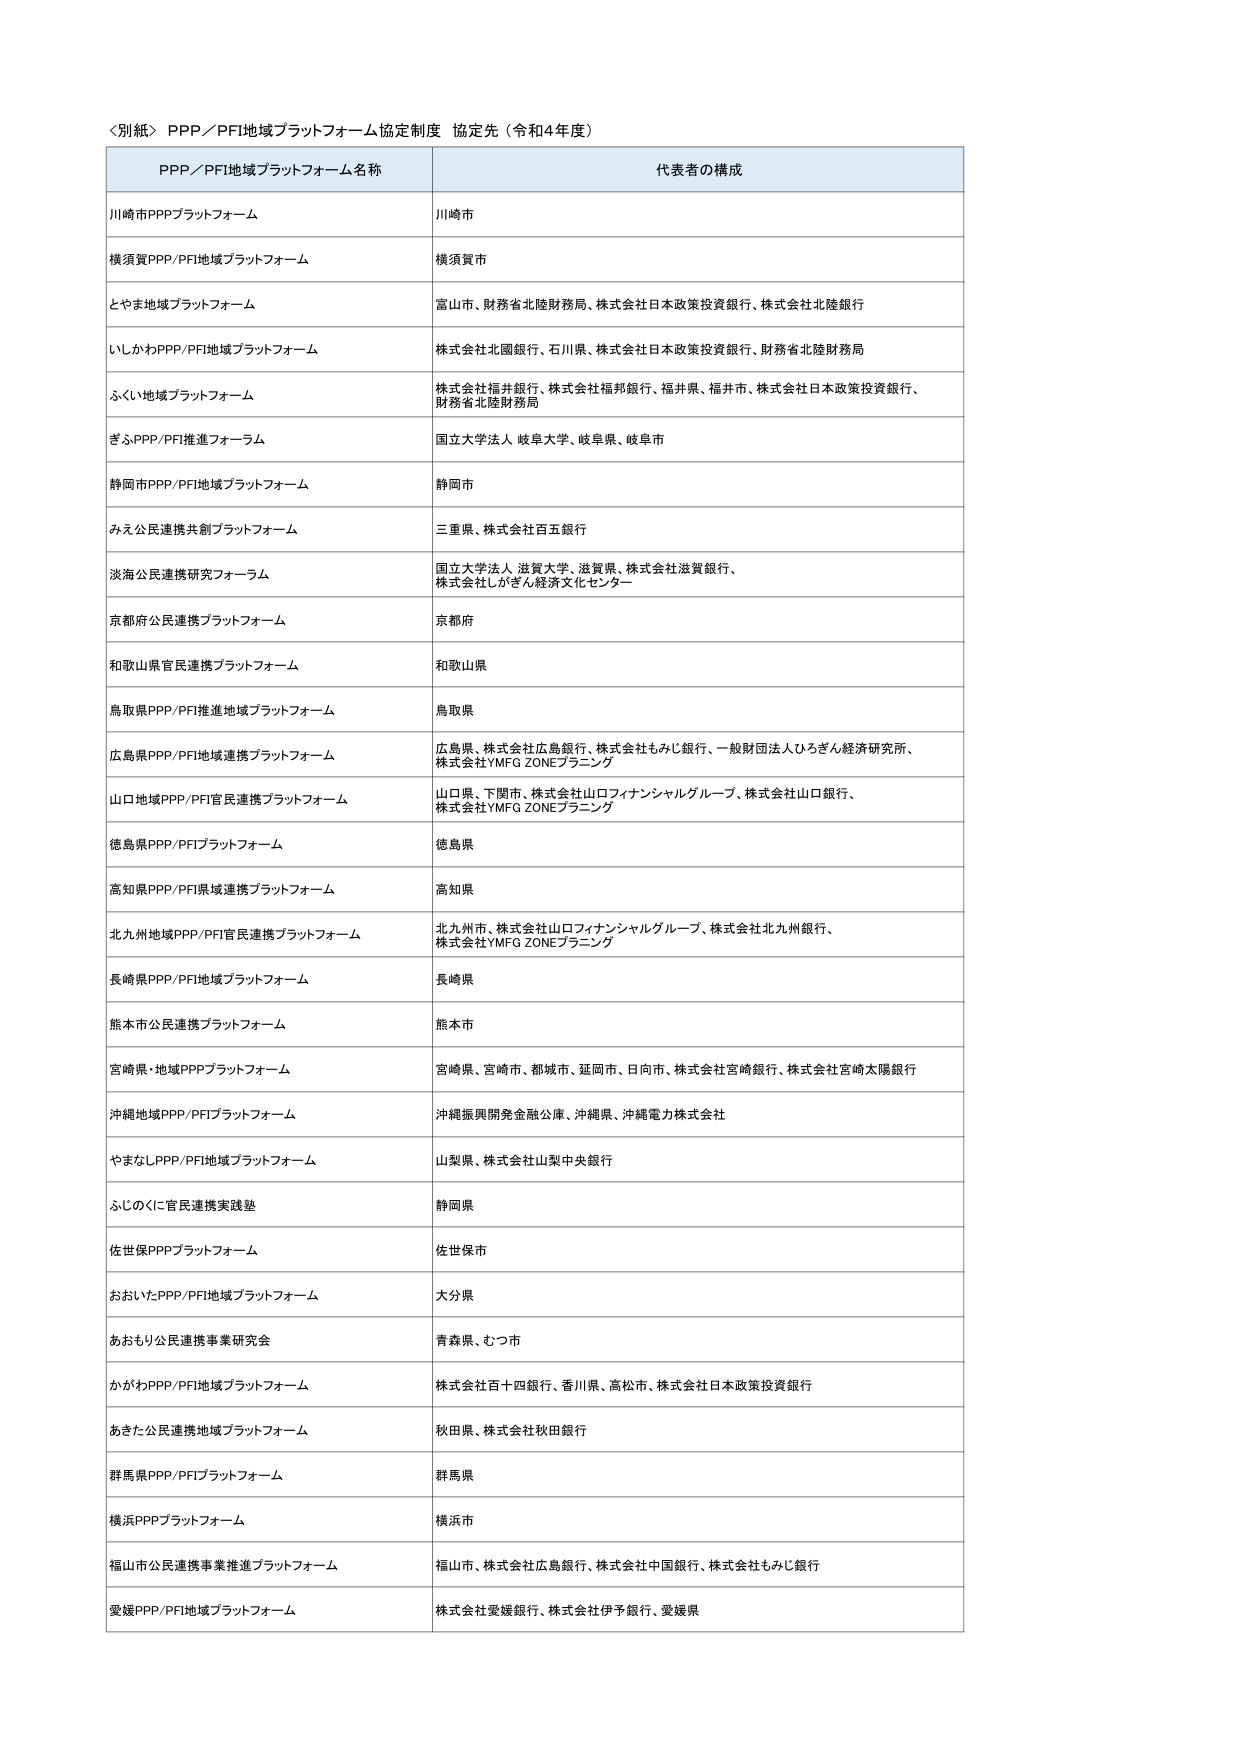
〈別紙〉PPP／PFI地域プラットフォーム協定制度 協定先（令和4年度）

PPP／PFI地域プラットフォーム名称 代表者の構成

川崎市PPPプラットフォーム 川崎市

横須賀PPP／PFI地域プラットフォーム 横須賀市

とやま地域プラットフォーム 富山市、財務省北陸財務局、株式会社日本政策投資銀行、株式会社北陸銀行

いしかわPPP／PFI地域プラットフォーム 株式会社北國銀行、石川県、株式会社日本政策投資銀行、財務省北陸財務局

ふくい地域プラットフォーム 株式会社福井銀行、株式会社福邦銀行、福井県、福井市、株式会社日本政策投資銀行、財務省北陸財務局

ぎふPPP／PFI推進フォーラム 国立大学法人 岐阜大学、岐阜県、岐阜市

静岡市PPP／PFI地域プラットフォーム 静岡市

みえ公民連携共創プラットフォーム 三重県、株式会社百五銀行

淡海公民連携研究フォーラム 国立大学法人 滋賀大学、滋賀県、株式会社滋賀銀行、株式会社しがぎん経済文化センター

京都府公民連携プラットフォーム 京都府

和歌山県官民連携プラットフォーム 和歌山県

鳥取県PPP／PFI推進地域プラットフォーム 鳥取県

広島県PPP／PFI地域連携プラットフォーム 広島県、株式会社広島銀行、株式会社もみじ銀行、一般財団法人ひろぎん経済研究所、株式会社YMFG ZONEプランニング

山口地域PPP／PFI官民連携プラットフォーム 山口県、下関市、株式会社山口フィナンシャルグループ、株式会社山口銀行、株式会社YMFG ZONEプランニング

徳島県PPP／PFIプラットフォーム 徳島県

高知県PPP／PFI県域連携プラットフォーム 高知県

北九州地域PPP／PFI官民連携プラットフォーム 北九州市、株式会社山口フィナンシャルグループ、株式会社北九州銀行、株式会社YMFG ZONEプランニング

長崎県PPP／PFI地域プラットフォーム 長崎県

熊本市公民連携プラットフォーム 熊本市

宮崎県・地域PPPプラットフォーム 宮崎県、宮崎市、都城市、延岡市、日向市、株式会社宮崎銀行、株式会社宮崎太陽銀行

沖縄地域PPP／PFIプラットフォーム 沖縄振興開発金融公庫、沖縄県、沖縄電力株式会社

やまなしPPP／PFI地域プラットフォーム 山梨県、株式会社山梨中央銀行

ふじのくに官民連携実践塾 静岡県

佐世保PPPプラットフォーム 佐世保市

おおいたPPP／PFI地域プラットフォーム 大分県

あおもり公民連携事業研究会 青森県、むつ市

かがわPPP／PFI地域プラットフォーム 株式会社百十四銀行、香川県、高松市、株式会社日本政策投資銀行

あきた公民連携地域プラットフォーム 秋田県、株式会社秋田銀行

群馬県PPP／PFIプラットフォーム 群馬県

横浜PPPプラットフォーム 横浜市

福山市公民連携事業推進プラットフォーム 福山市、株式会社広島銀行、株式会社中国銀行、株式会社もみじ銀行

愛媛PPP／PFI地域プラットフォーム 株式会社愛媛銀行、株式会社伊予銀行、愛媛県